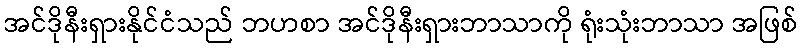
အင်ဒိုနီးရှားနိုင်ငံသည် ဘဟစာ အင်ဒိုနီးရှားဘာသာကို ရုံးသုံးဘာသာ အဖြစ်